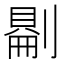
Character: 𠟔